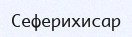
Сеферихисар